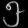
Digit: ၅